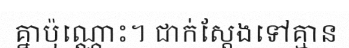
គ្នាប៉ុណ្ណោះ។ ជាក់ស្តែងទៅគ្មាន